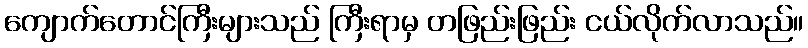
ကျောက်တောင်ကြီးများသည် ကြီးရာမှ တဖြည်းဖြည်း ငယ်လိုက်လာသည်။